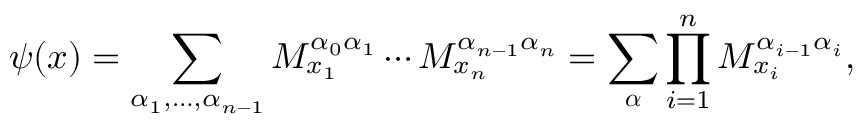
\psi ( \boldsymbol { x } ) = \sum _ { \alpha _ { 1 } , \dots , \alpha _ { n - 1 } } M _ { x _ { 1 } } ^ { \alpha _ { 0 } \alpha _ { 1 } } \cdots M _ { x _ { n } } ^ { \alpha _ { n - 1 } \alpha _ { n } } = \sum _ { \boldsymbol { \alpha } } \prod _ { i = 1 } ^ { n } M _ { x _ { i } } ^ { \alpha _ { i - 1 } \alpha _ { i } } ,